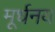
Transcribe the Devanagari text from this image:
मूर्धनय